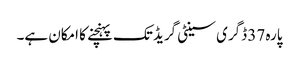
پارہ 37 ڈگری سینٹی گریڈ تک پہنچنے کا امکان ہے۔